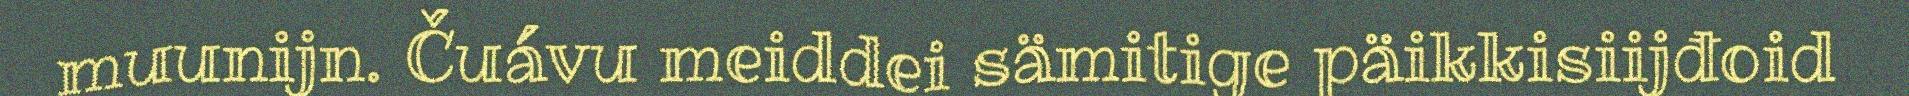
muunijn. Čuávu meiddei sämitige päikkisiijđoid